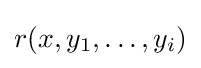
r(x,y_{1},\dots ,y_{i})